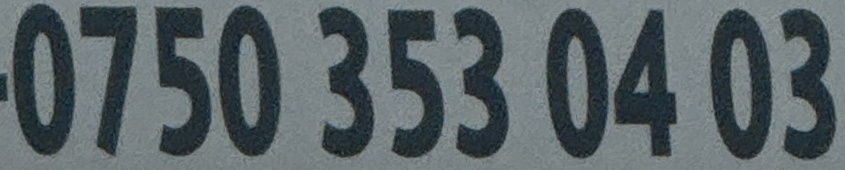
0750 353 04 03